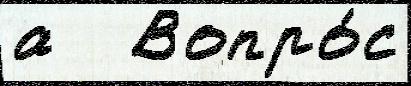
а   Вопро́с